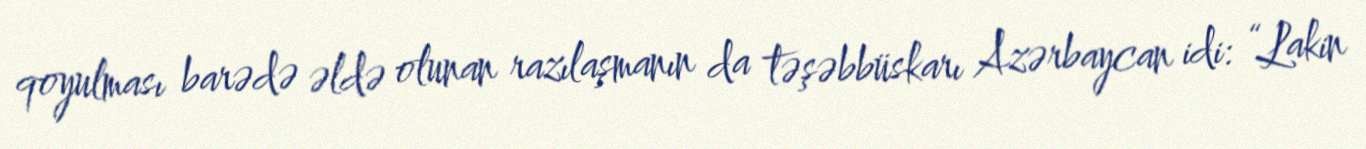
qoyulması barədə əldə olunan razılaşmanın da təşəbbüskarı Azərbaycan idi: “Lakin